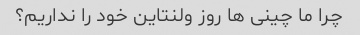
چرا ما چینی ها روز ولنتاین خود را نداریم؟